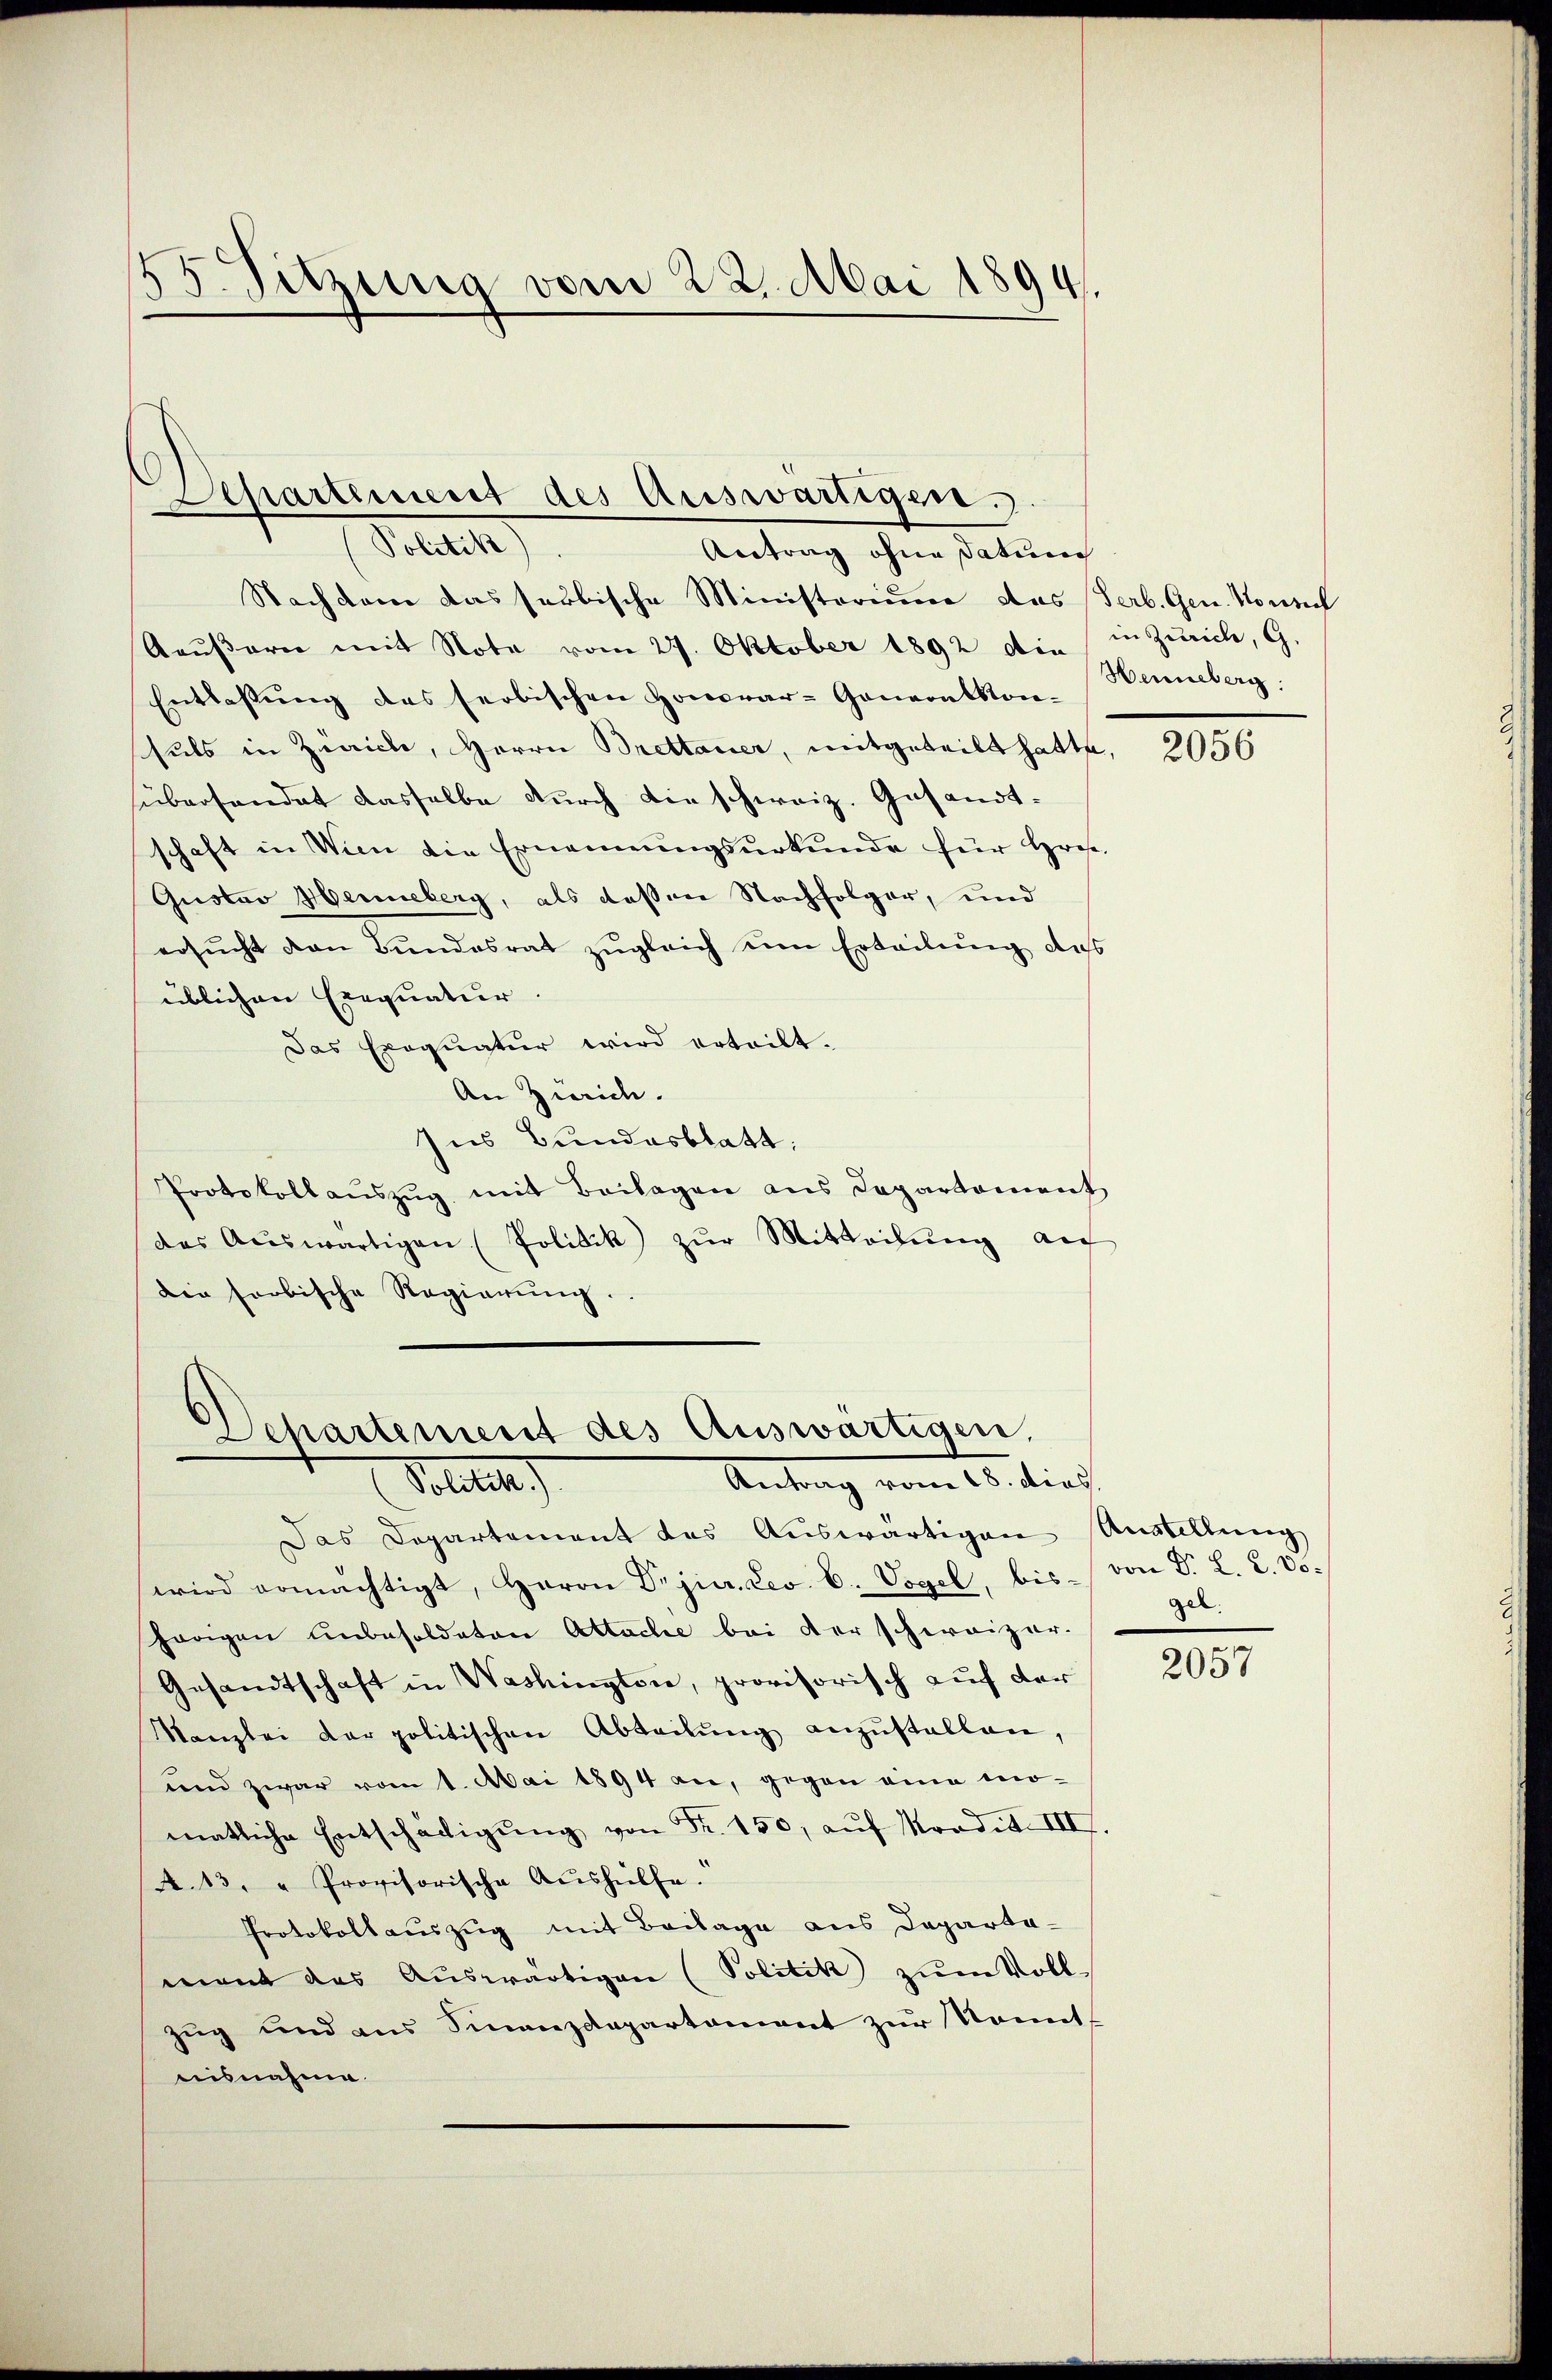
55. Sitzung vom 22. Mai 1894.

Departement des Auswärtigen.

Seuch
Antrag ohne Datum
Nachdem das serbische Ministerium das Verb. Gen. Nonnel
Aeŭβern mit Note vom 27. Oktober 1892 die in Zürich, G.
Entlassung des serbischen Honorar-Genern Konhals in Zürich, Herrn Brettauer, mitgeteilt hatte,
überhandet dasselbe durch die schweiz. Gesandtschaft in Wien die Ernennungsurkunde für Hros.
Gustav Henneberg, als dessen Nachfolger, und
ersŭcht den Bŭndesrat zŭgleich um Erteilŭng des
üblichen Exequatur.
Das Exequatur wird erteilt.
An Zürich.
Ins Bundesblatt,
Protokollauszug mit Beilagen aus Departement
das Aŭswärtigen (Politik zŭr Mitteilŭng au
die sorbische Regierŭng.

Departement des Auswärtigen,
Antrag vom 18. dies
Politik)

Das Departement das Auswärtigen Anstellung
wird ermächtigt, Herrn Dr.jur. Lev. C. Vogel, bis von Dr. L. 2. Vo
hörigen unbesoldaten Attache bei der schweizer.
Gesandtschaft in Washington, provisorisch auf der
Kanzlei der politischen Abteilŭng anzŭstellen,
und zwar vom 1. Mai 1894 an, gegen eine momatliche Entschädigŭng von Fr. 150, aŭf radia III.
A.13. " Provisorische Aushülfe.
Protokollauszug mit Beilage aus Departamont das Auswärtigen (Politik zum Vollzug und aus Finanzdepartement zur Komit-
aisnahme.

Henneberg.

2056

gel.

2057